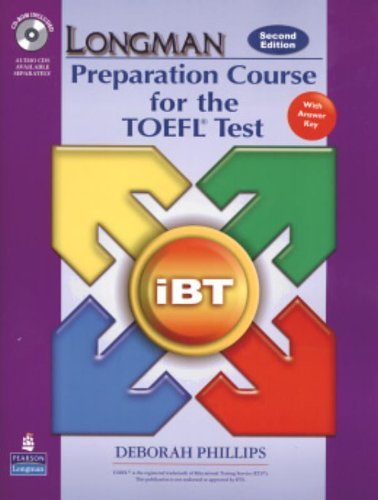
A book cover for By PHILLIPS Longman Preparation Course for the TOEFL Test: iBT Student Book with CD-ROM and Answer Key (Audio CD (2nd Edition); Test Preparation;